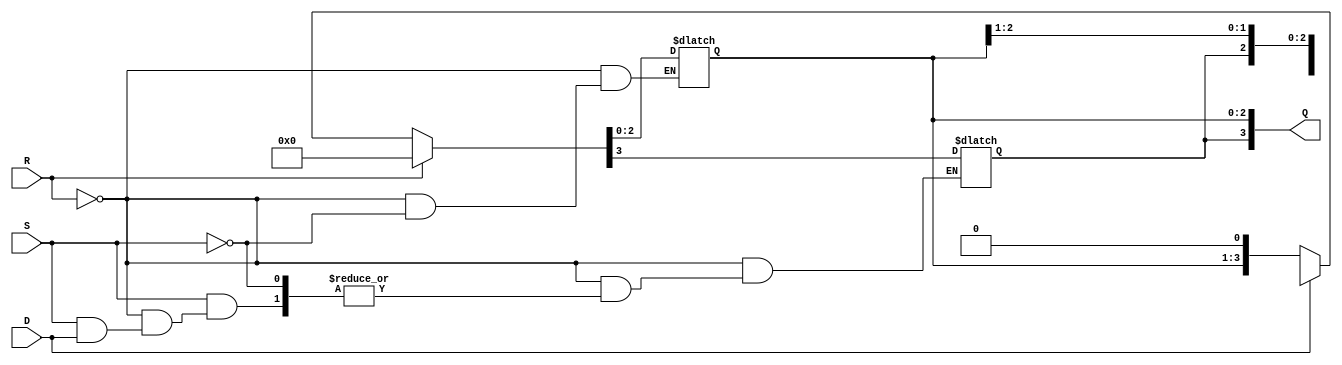
module async_shift_counter (
    input wire S,               // Shift Input
    input wire R,               // Asynchronous Reset
    input wire D,               // Direction (0: Left, 1: Right)
    output reg [3:0] Q          // 4-bit Counter Output
);

    // Asynchronous reset and shifting behavior
    always @* begin
        if (R) begin
            Q = 4'b0000; // Reset the counter to zero
        end
        else if (S) begin
            if (D) begin
                // Shift Right
                Q = {Q[3], Q[3:1]}; // Shift bits to the right, MSB is fed back
            end
            else begin
                // Shift Left
                Q = {Q[2:0], 1'b0}; // Shift bits to the left, LSB is filled with 0
            end
        end
    end

endmodule